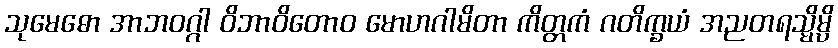
သုမေဓော အာဘဝဂ္ဂါ ဝိဘာဝိတောဝ မောဟဂါမိတာ ကိတ္တကံ ဂတိက္ခယံ အညတရသ္မိမ္ပိ